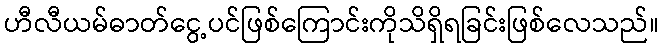
ဟီလီယမ်ဓာတ်ငွေ့ပင်ဖြစ်ကြောင်းကိုသိရှိရခြင်းဖြစ်လေသည်။